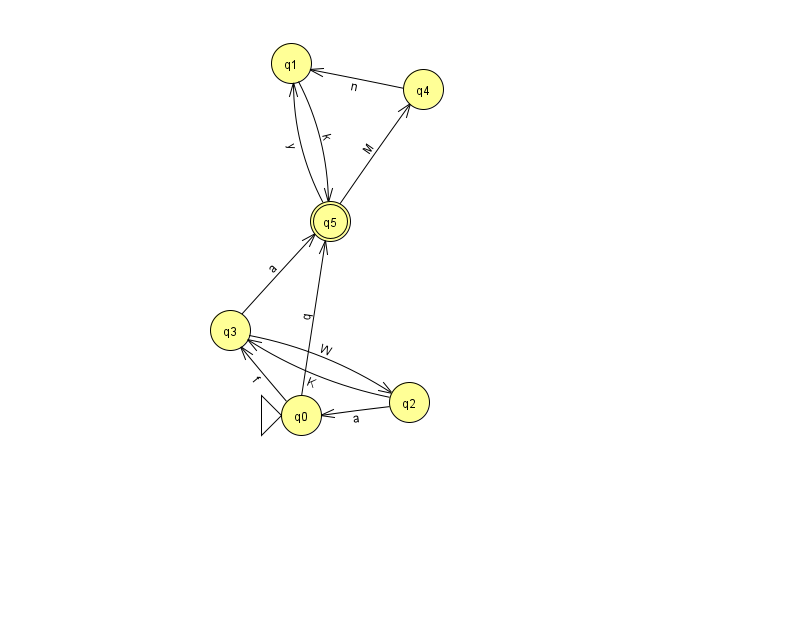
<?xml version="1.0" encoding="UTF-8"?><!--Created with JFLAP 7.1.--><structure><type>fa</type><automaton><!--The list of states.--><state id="0" name="q0"><x>301.0</x><y>402.0</y><initial/></state><state id="1" name="q1"><x>291.0</x><y>50.0</y></state><state id="2" name="q2"><x>409.0</x><y>389.0</y></state><state id="3" name="q3"><x>230.0</x><y>317.0</y></state><state id="4" name="q4"><x>423.0</x><y>76.0</y></state><state id="5" name="q5"><x>330.0</x><y>208.0</y><final/></state><!--The list of transitions.--><transition><from>2</from><to>3</to><read>K</read></transition><transition><from>0</from><to>3</to><read>f</read></transition><transition><from>2</from><to>0</to><read>a</read></transition><transition><from>0</from><to>5</to><read>q</read></transition><transition><from>5</from><to>4</to><read>M</read></transition><transition><from>3</from><to>5</to><read>a</read></transition><transition><from>1</from><to>5</to><read>k</read></transition><transition><from>3</from><to>2</to><read>W</read></transition><transition><from>4</from><to>1</to><read>n</read></transition><transition><from>5</from><to>1</to><read>y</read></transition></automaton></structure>